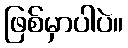
ဖြစ်မှာပါပဲ။